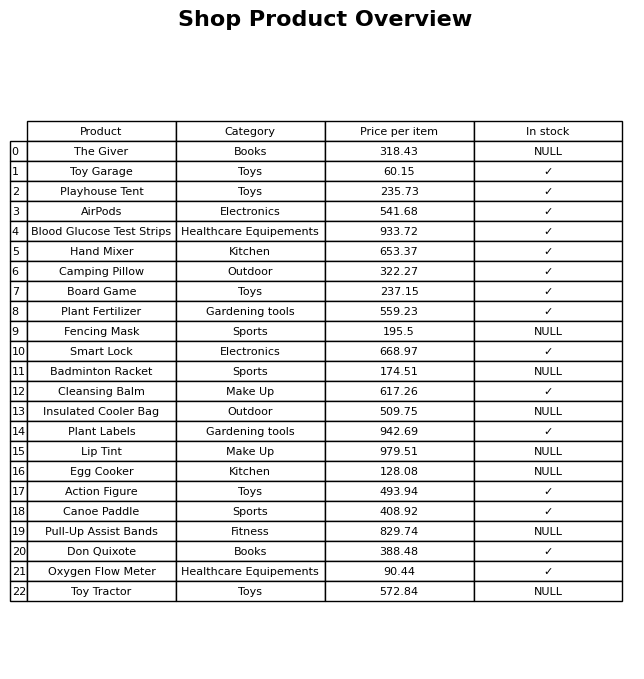
question: What is the price for Pull-Up Assist Bands?
answer: The price of Pull-Up Assist Bands is 829.74.